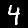
Label: 4